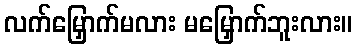
လက်မြှောက်မလား မမြှောက်ဘူးလား။